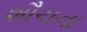
શૌચના